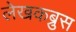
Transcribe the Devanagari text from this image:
लेखकब्रुस